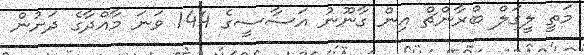
މަތީ ލީގަލް ބްރާންޗް އިން ގާނޫނު އަސާސީގެ 144 ވަނަ މާއްދާގެ ދަށުން